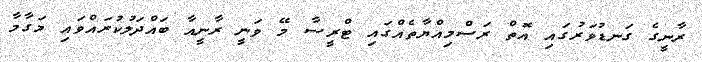
ރާނީގެ ގަނޑުވަރުގައި އޮތް ރަސްމިއްޔާތެއްގައި ޓްރީސާ މޭ ވަނީ ރާނީއާ ބައްދަލުކުރައްވައި މަގާމާ